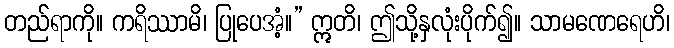
တည်ရာကို။ ကရိဿာမိ၊ ပြုပေအံ့။” ဣတိ၊ ဤသို့နှလုံးပိုက်၍။ သာမဏေရေဟိ၊